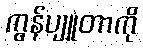
ကွန်ပျူတာကို